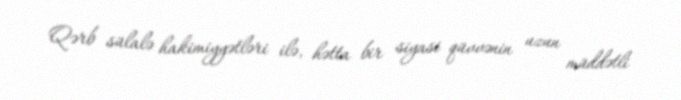
Qərb sülalə hakimiyyətləri ilə, hətta bir siyasi qüvvənin uzun müddətli